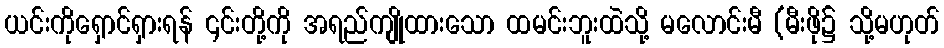
ယင်းကိုရှောင်ရှားရန် ၎င်းတို့ကို အရည်ကျိုထားသော ထမင်းဘူးထဲသို့ မလောင်းမီ (မီးဖို၌ သို့မဟုတ်